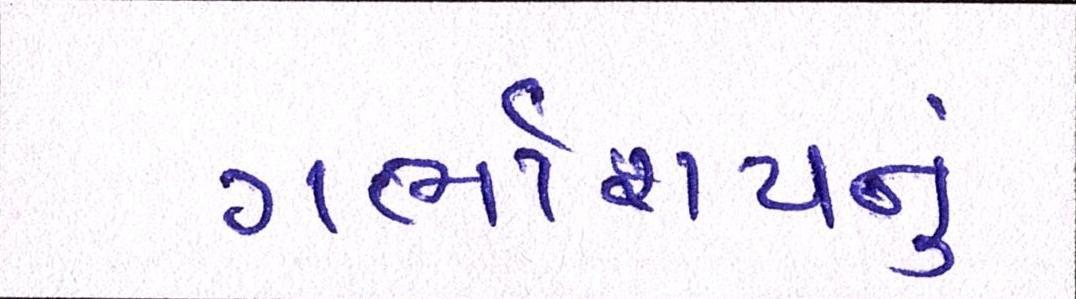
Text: ગર્ભાશયનું